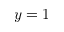
y = 1